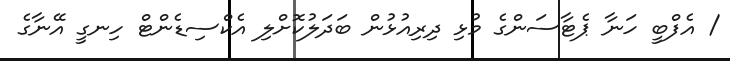
/ އެފްބީ ހަނާ ޕެޓާސަންގެ މުޅި ދިރިއުޅުން ބަދަލުކޮށްލި އެކްސިޑެންޓް ހިނގީ އޭނާގެ